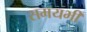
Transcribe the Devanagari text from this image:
समयभी